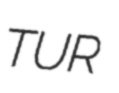
TUR